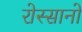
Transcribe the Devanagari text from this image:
रोस्सानो